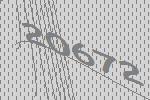
20672